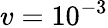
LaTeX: v=10^{-3}